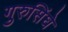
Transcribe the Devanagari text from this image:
गुरुसिंघे